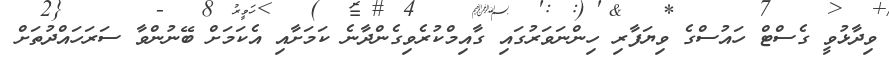
ވިދާޅުވީ ގެސްޓް ހައުސްގެ ވިޔަފާރި ހިންނަވަރުގައި ގާއިމްކުރެވިގެންދާނެ ކަމަށާއި އެކަމަށް ބޭނުންވާ ސަރަހައްދުތަށް